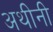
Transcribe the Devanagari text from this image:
अथीनी